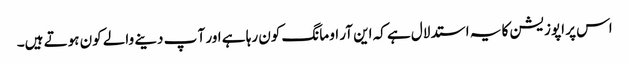
اس پر اپوزیشن کا یہ استدلال ہے کہ این آر او مانگ کون رہا ہے اور آ پ دینے والے کون ہوتے ہیں۔